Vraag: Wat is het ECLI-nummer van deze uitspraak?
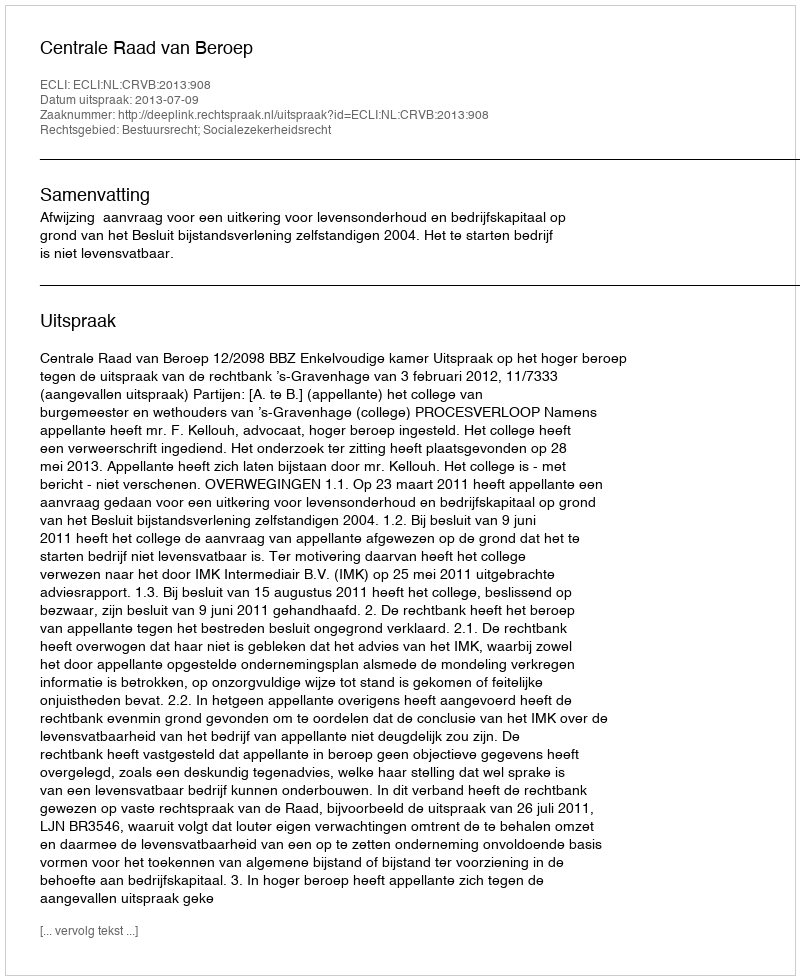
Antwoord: ECLI:NL:CRVB:2013:908